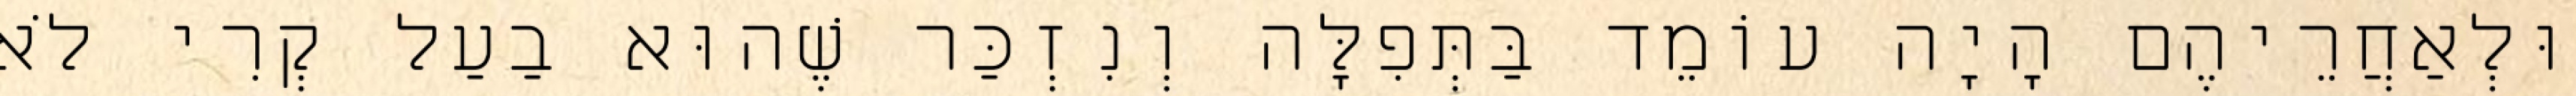
וּלְאַחֲרֵיהֶם הָיָה עוֹמֵד בַּתְּפִלָּה וְנִזְכַּר שֶׁהוּא בַעַל קְרִי לֹא